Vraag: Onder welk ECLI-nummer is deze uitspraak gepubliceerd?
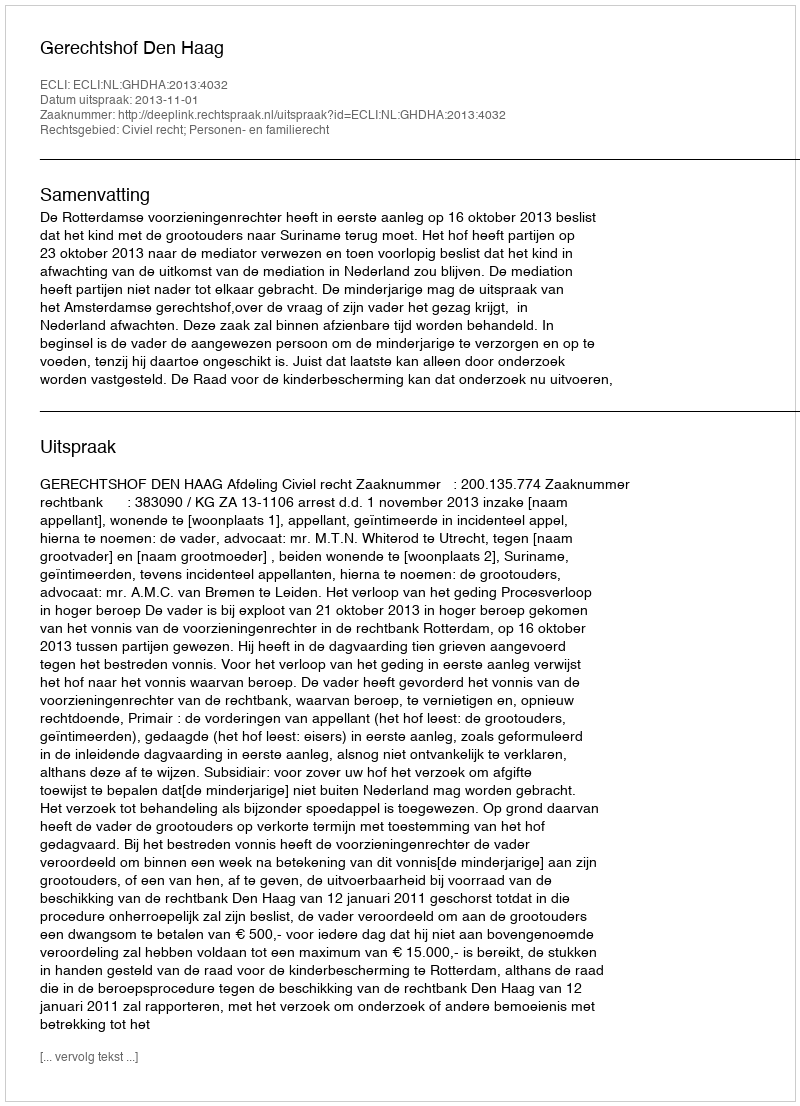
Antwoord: ECLI:NL:GHDHA:2013:4032